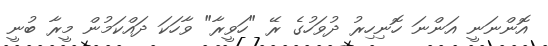
އޮންނަނީ އަންނަ ހޮނިހިރު ދުވަހުގެ ރޭ "ހަވީރާ" ވާހަކަ ދައްކަމުން މީރާ ބުނީ